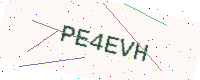
Text: PE4EVH